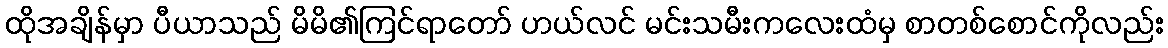
ထိုအချိန်မှာ ပီယာသည် မိမိ၏ကြင်ရာတော် ဟယ်လင် မင်းသမီးကလေးထံမှ စာတစ်စောင်ကိုလည်း